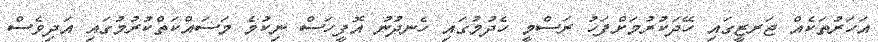
އަހަރުތަކެއް ޖަރޒީގައި ހޭދަކުރުމަށްފަހު ރަސްމީ ހެދުމުގައި ހެނދުނު އޮފީހަސް ނިކުމެ މަސައްކަތްކުރުމުގައި އަދިވެސް